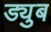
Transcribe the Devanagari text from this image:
ड्युब